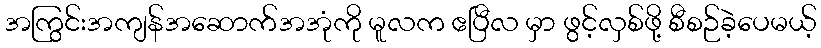
အကြွင်းအကျန်အဆောက်အအုံကို မူလက ဧပြီလ မှာ ဖွင့်လှစ်ဖို့ စီစဉ်ခဲ့ပေမယ့်